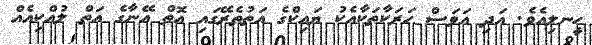
ހީނލިއެވެ. އަދި އަވަސް ހަރަކާތަކާއެކު ޔައިކްގެ އަތުތެރޭގައި އޮތް އޭނާގެ އަތް ލުއްކިއެއް